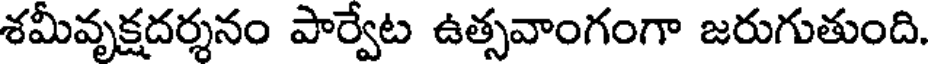
శమీవృక్షదర్శనం పార్వేట ఉత్సవాంగంగా జరుగుతుంది.